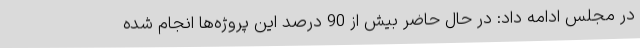
در مجلس ادامه داد: در حال حاضر بیش از 90 درصد این پروژه‌ها انجام شده